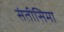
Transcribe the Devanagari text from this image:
संतीसिमा